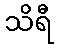
သိရီ